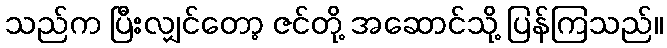
သည်က ပြီးလျှင်တော့ ဇင်တို့ အဆောင်သို့ ပြန်ကြသည်။